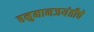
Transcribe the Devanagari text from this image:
हनुमानजयंतीचे